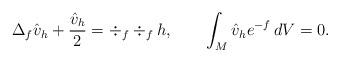
LaTeX: \begin{align*} \Delta_f \hat v_h+\frac{\hat v_h}{2}=\div_f\div_fh,\qquad\int_M \hat v_h e^{-f}\, dV=0.\end{align*}